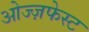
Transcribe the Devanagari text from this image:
ओज्ज़फेस्ट